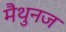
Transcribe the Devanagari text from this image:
मैथुनज